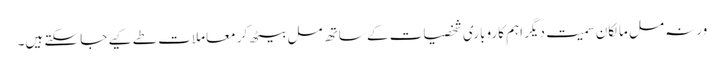
ورنہ مل مالکان سمیت دیگر اہم کاروباری شخصیات کے ساتھ مل بیٹھ کر معاملات طے کیے جا سکتے ہیں۔